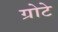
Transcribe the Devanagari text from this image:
ग्रोटे